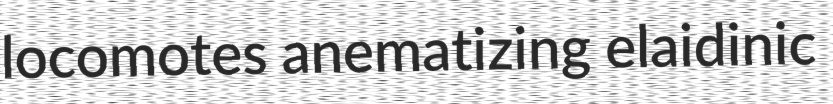
locomotes anematizing elaidinic